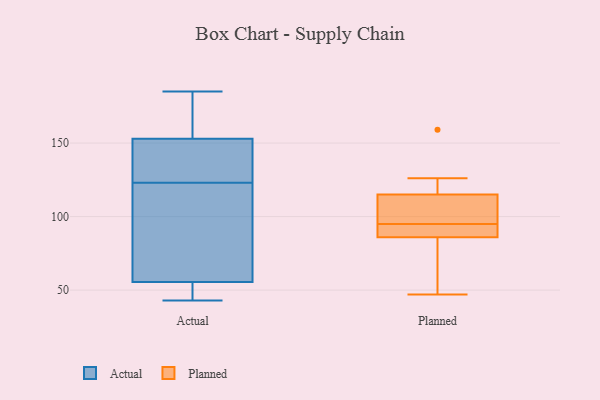
{"axis": {"x": "Gross Profit (USD K)", "y": "Value"}, "legend": ["Actual", "Planned"], "data": [{"x": "", "y": 47, "type": "Actual"}, {"x": "", "y": 43, "type": "Actual"}, {"x": "", "y": 111, "type": "Actual"}, {"x": "", "y": 62, "type": "Actual"}, {"x": "", "y": 185, "type": "Actual"}, {"x": "", "y": 150, "type": "Actual"}, {"x": "", "y": 135, "type": "Actual"}, {"x": "", "y": 155, "type": "Actual"}, {"x": "", "y": 78, "type": "Actual"}, {"x": "", "y": 151, "type": "Actual"}, {"x": "", "y": 49, "type": "Actual"}, {"x": "", "y": 175, "type": "Actual"}, {"x": "", "y": 118, "type": "Planned"}, {"x": "", "y": 112, "type": "Planned"}, {"x": "", "y": 87, "type": "Planned"}, {"x": "", "y": 93, "type": "Planned"}, {"x": "", "y": 96, "type": "Planned"}, {"x": "", "y": 94, "type": "Planned"}, {"x": "", "y": 105, "type": "Planned"}, {"x": "", "y": 68, "type": "Planned"}, {"x": "", "y": 47, "type": "Planned"}, {"x": "", "y": 126, "type": "Planned"}, {"x": "", "y": 85, "type": "Planned"}, {"x": "", "y": 159, "type": "Planned"}]}